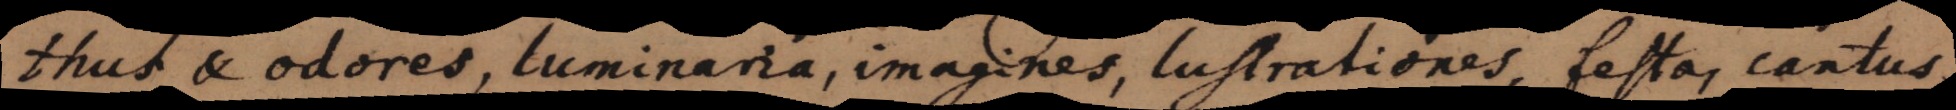
thus et odores, luminaria, imagines, lustrationes, festa, Musica,